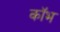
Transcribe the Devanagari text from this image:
कॉभ